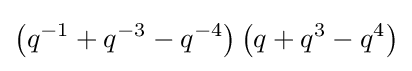
\left(q^{-1}+q^{-3}-q^{-4}\right)\left(q+q^{3}-q^{4}\right)